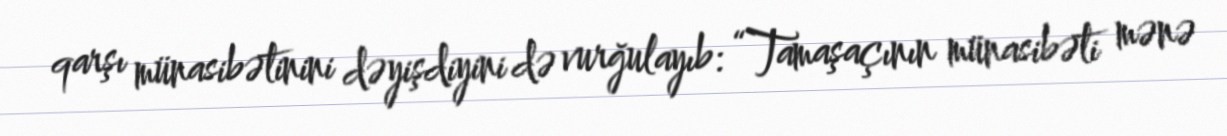
qarşı münasibətinini dəyişdiyini də vurğulayıb: “Tamaşaçının münasibəti mənə